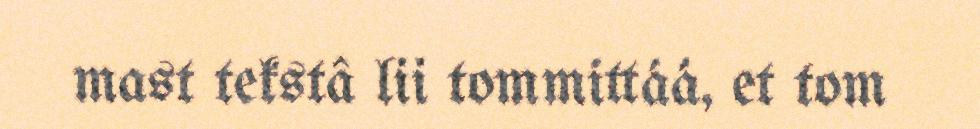
mast tekstâ lii tommittáá, et tom